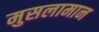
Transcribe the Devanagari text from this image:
मुसलामान